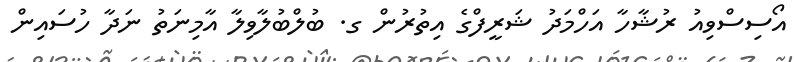
އޯސިސްވިއު ރުޝާހާ އަހްމަދު ޝަރީފްގެ އިތުރުން ގ. ބުލްބުލާވިލާ އާމިނަތު ނަދާ ހުސައިން